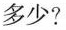
多少?